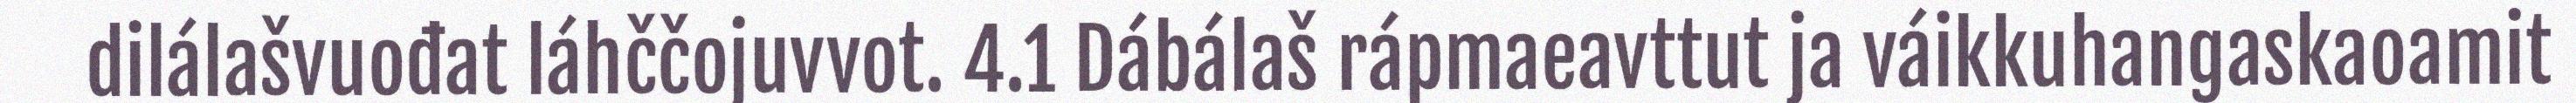
dilálašvuođat láhččojuvvot. 4.1 Dábálaš rápmaeavttut ja váikkuhangaskaoamit